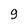
Character: 9